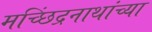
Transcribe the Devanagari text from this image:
मच्छिंद्रनाथांच्या